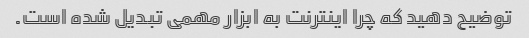
توضیح دهید که چرا اینترنت به ابزار مهمی تبدیل شده است.